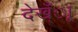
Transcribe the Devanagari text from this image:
देख्ँाू